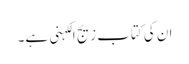
ان کی کتاب زیجِ الکہنی ہے۔